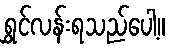
ရွှင်လန်းရသည်ပေါ့။